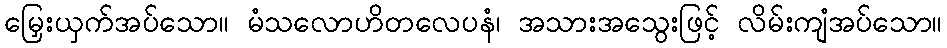
မြှေးယှက်အပ်သော။ မံသလောဟိတလေပနံ၊ အသားအသွေးဖြင့် လိမ်းကျံအပ်သော။